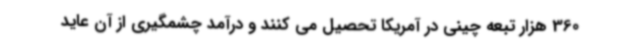
360 هزار تبعه چینی در آمریکا تحصیل می کنند و درآمد چشمگیری از آن عاید